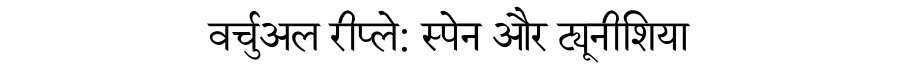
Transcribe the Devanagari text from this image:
वर्चुअल रीप्ले: स्पेन और ट्यूनीशिया